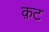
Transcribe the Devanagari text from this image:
क़ट